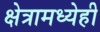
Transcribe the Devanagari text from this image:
क्षेत्रामध्येही